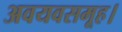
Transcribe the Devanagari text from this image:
अवयवसमूह।